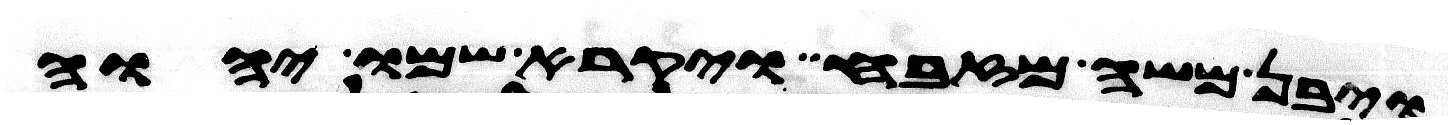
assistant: ויבן משה מזבח ויקרא שמו יהוה